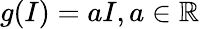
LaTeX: g(I)=aI,a\in\mathbb{R}